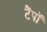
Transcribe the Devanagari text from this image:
टैंपॉ